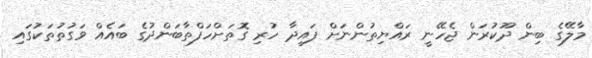
މާލޭގެ ބިން ދޫކުރަން ޖެހޭނީ ރައްޔިތުންނަށް ފައިދާ ހުރި ގޮތަށްހަފްތާބަންދުގެ ބައެއް ވަގުތުތަކުގައި